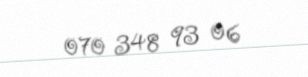
070 348 93 06